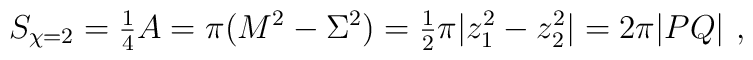
S_{\chi=2} =  {\textstyle\frac{1}{4}} A = \pi (M^2 - \Sigma^2) ={\textstyle\frac{1}{2}} \pi |z_1^2 - z_2^2| =2\pi |PQ|\ ,